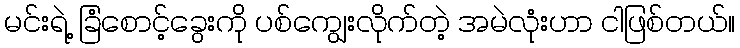
မင်းရဲ့ ခြံစောင့်ခွေးကို ပစ်ကျွေးလိုက်တဲ့ အမဲလုံးဟာ ငါဖြစ်တယ်။